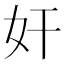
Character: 奸